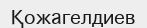
Қожагелдиев